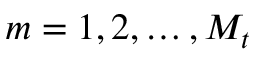
m = 1 , 2 , \ldots , M _ { t }